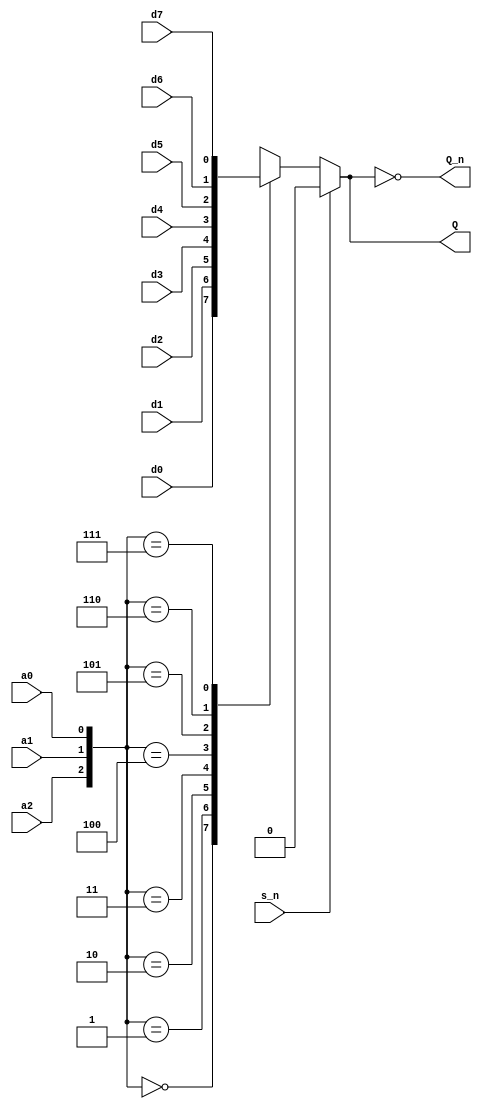
`timescale 1ns / 1ps
/////////////////////////////////////////////////////////////////
// Module Name: mux_8_to_1
// Description: A 8-input Digital Multiplexer with DELAY configuration parameter
// Parameters: DELAY
/////////////////////////////////////////////////////////////////

module mux_8_to_1 #(parameter DELAY = 10)(
    input s_n,a2,a1,a0,d7,d6,d5,d4,d3,d2,d1,d0,
    output Q,Q_n
    );
    reg Q_r;
    wire [2:0]A;
    
    assign A = {a2,a1,a0};
    
    always@(*)begin
        if(s_n)
            Q_r <= 1'b0;
        else
            case(A)
                3'b000: Q_r <= d0;
                3'b001: Q_r <= d1;
                3'b010: Q_r <= d2;
                3'b011: Q_r <= d3;
                3'b100: Q_r <= d4;
                3'b101: Q_r <= d5;
                3'b110: Q_r <= d6;
                3'b111: Q_r <= d7;
            endcase
    end
        
    assign #DELAY Q = Q_r;
    assign #DELAY Q_n = ~Q;
    
endmodule